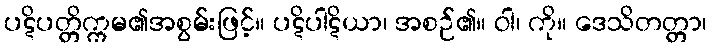
ပဋိပတ္တိက္ကမ၏အစွမ်းဖြင့်။ ပဋိပါဋိယာ၊ အစဉ်၏။ ဝါ၊ ကို။ ဒေသိတတ္တာ၊